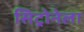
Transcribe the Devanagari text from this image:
सिट्रोनेला